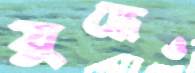
যুদ্ধেও